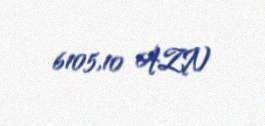
6105,10 AZN